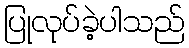
ပြုလုပ်ခဲ့ပါသည်